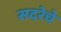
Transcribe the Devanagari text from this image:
सदरेचे